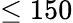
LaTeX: \leq 150